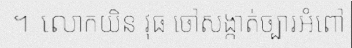
។ លោកយិន វុធ ចៅសង្កាត់ច្បារអំពៅ